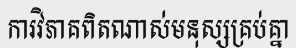
ការវិភាគពិតណាស់មនុស្សគ្រប់គ្នា